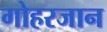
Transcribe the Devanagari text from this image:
गोहरजान